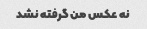
نه عکس من گرفته نشد